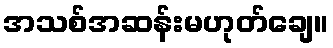
အသစ်အဆန်းမဟုတ်ချေ။